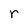
Character: r